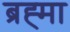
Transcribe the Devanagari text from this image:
ब्रह्‍मा